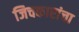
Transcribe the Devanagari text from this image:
जिचकारांचा